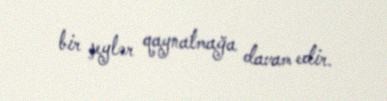
bir şeylər qaynatmağa davam edir.